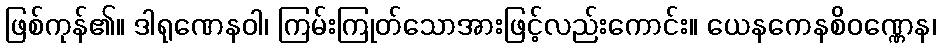
ဖြစ်ကုန်၏။ ဒါရုဏေနဝါ၊ ကြမ်းကြုတ်သောအားဖြင့်လည်းကောင်း။ ယေနကေနစိဝဏ္ဏေန၊